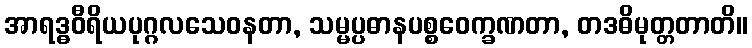
အာရဒ္ဓဝီရိယပုဂ္ဂလသေဝနတာ, သမ္မပ္ပဓာနပစ္စဝေက္ခဏတာ, တဒဓိမုတ္တတာတိ။